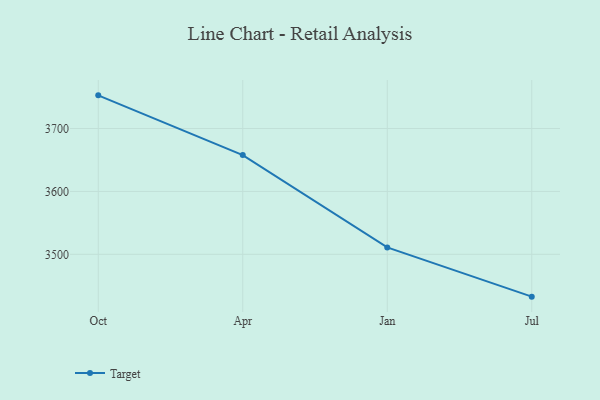
{"axis": {"x": "Month", "y": "Customer Acquisition Cost (USD)"}, "legend": ["Target"], "data": [{"x": "Oct", "y": 3752.7, "type": "Target"}, {"x": "Apr", "y": 3657.8, "type": "Target"}, {"x": "Jan", "y": 3511.0, "type": "Target"}, {"x": "Jul", "y": 3432.7, "type": "Target"}]}